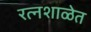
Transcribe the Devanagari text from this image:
रत्नशाळेत